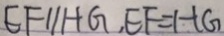
E F / / H G , E F = H G